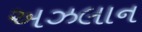
અઝલાન